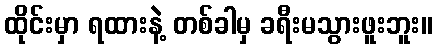
ထိုင်းမှာ ရထားနဲ့ တစ်ခါမှ ခရီးမသွားဖူးဘူး။